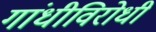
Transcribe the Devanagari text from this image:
गांधीविरोधी